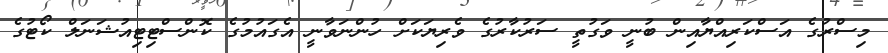
މިސްރުގެ އަސްކަރިއްޔާއިން ބުނީ ވަގުތީ ސަރުކާރުގެ ވެރިޔަކަށް ހުންނަވާނީ އެގައުމުގެ ކޮންސްޓިޓިއުޝަނަލް ކޯޓުގެ